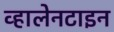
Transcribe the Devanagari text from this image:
व्हालेनटाइन